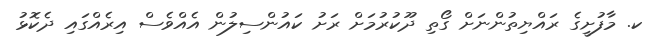
ކ. މާފުށީގެ ރައްޔިތުންނަށް ގޯތި ދޫކުރުމަށް ރަށު ކައުންސިލުން އެއްވެސް އިރެއްގައި ދެކޮޅު